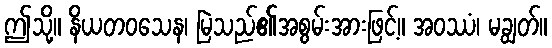
ဤသို့။ နိယတဝသေန၊ မြဲသည်၏အစွမ်းအားဖြင့်။ အဝဿံ၊ မချွတ်။